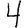
Digit: 4